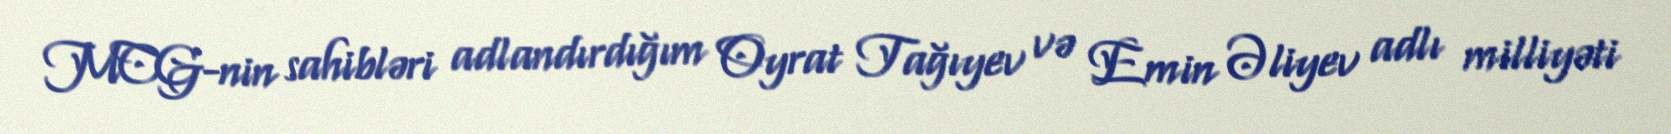
MCG-nin sahibləri adlandırdığım Oyrat Tağıyev və Emin Əliyev adlı milliyəti